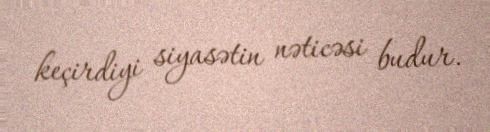
keçirdiyi siyasətin nəticəsi budur.